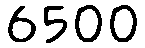
6500